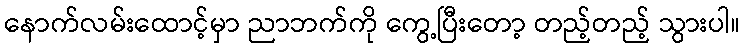
နောက်လမ်းထောင့်မှာ ညာဘက်ကို ကွေ့ပြီးတော့ တည့်တည့် သွားပါ။